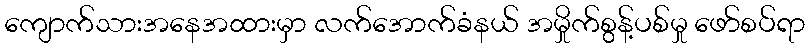
ကျောက်သားအနေအထားမှာ လက်အောက်ခံနယ် အမှိုက်စွန့်ပစ်မှု ဖော်စပ်ရာ